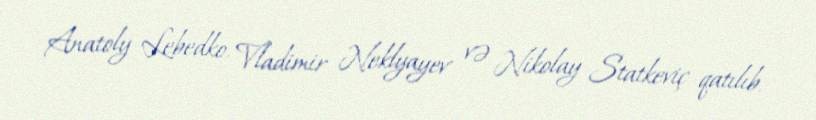
Anatoly Lebedko, Vladimir Neklyayev və Nikolay Statkeviç qatılıb.